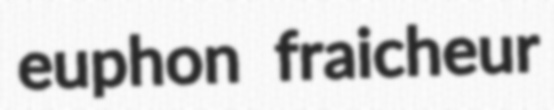
euphon fraicheur